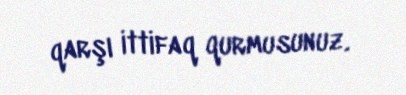
qarşı ittifaq qurmusunuz.